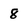
Character: 8